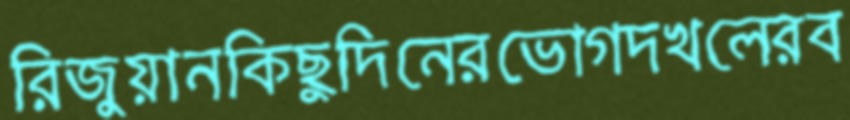
রিজুয়ানকিছুদিনেরভোগদখলেরব